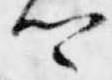
卿